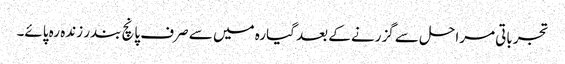
تجرباتی مراحل سے گزرنے کے بعد گیارہ میں سے صرف پانچ بندر زندہ رہ پائے۔